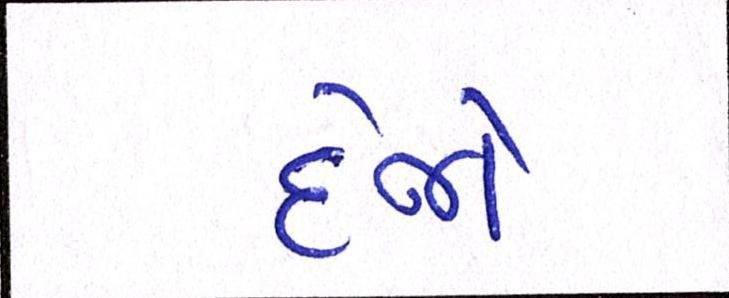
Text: દેજો